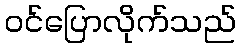
ဝင်ပြောလိုက်သည်